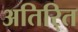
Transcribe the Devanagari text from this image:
अतिरि्‍त